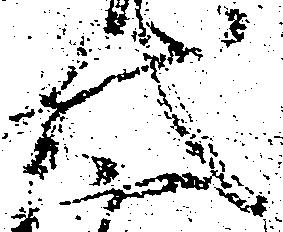
代